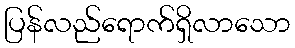
ပြန်လည်ရောက်ရှိလာသော